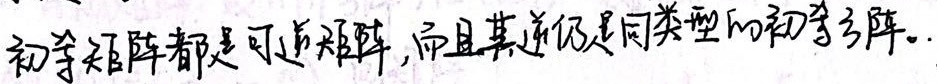
初等矩阵都是可逆矩阵,而且其逆仍是同类型的初等矩阵.